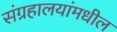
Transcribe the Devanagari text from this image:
संग्रहालयांमधील